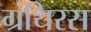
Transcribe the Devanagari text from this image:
ग्रंथिरस